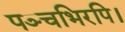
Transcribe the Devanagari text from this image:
पञ्चभिरपि।